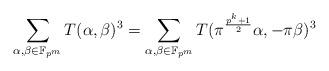
LaTeX: \begin{align*}\sum_{\alpha,\beta\in\mathbb{F}_{p^m}}T(\alpha,\beta)^3=\sum_{\alpha,\beta\in\mathbb{F}_{p^m}}T(\pi^{\frac{p^k+1}{2}}\alpha,-\pi\beta)^3\end{align*}